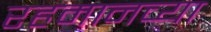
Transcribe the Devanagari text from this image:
रहमानच्या